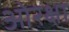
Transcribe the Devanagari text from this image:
ओरक्षा